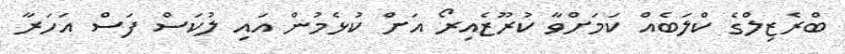
ބްރެޒިލްގެ ކްލަބެއް ކަމަށްވާ ކުރޫޒެއިރޯ އަށް ކުޅެމުން އައި ލުކަސް ފަސް އަހަރާ